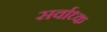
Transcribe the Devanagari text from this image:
सर्वाध्क